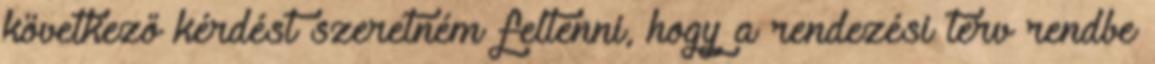
következő kérdést szeretném feltenni, hogy a rendezési terv rendbe